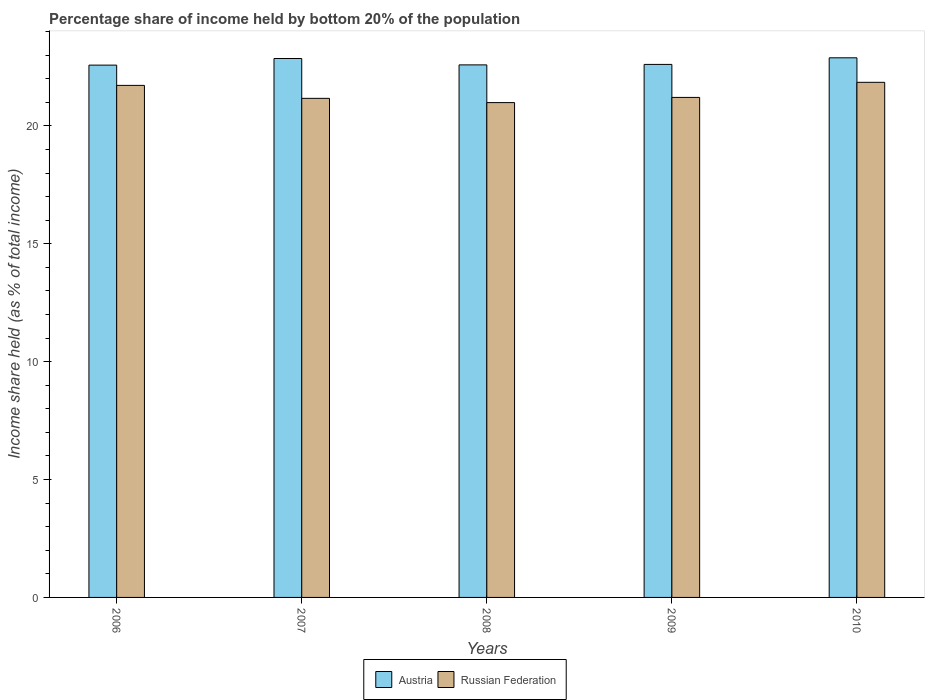
| Years | Austria | Russian Federation |
 | --- | --- | --- |
 | 2006 | 22.6 | 21.7 |
 | 2007 | 22.9 | 21.2 |
 | 2008 | 22.6 | 21 |
 | 2009 | 22.6 | 21.2 |
 | 2010 | 22.9 | 21.9 |